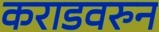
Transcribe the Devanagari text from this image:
कराडवरुन